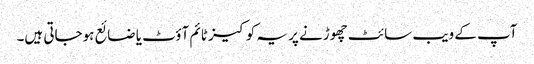
آپ کے ویب سائٹ چھوڑنے پر یہ کوکیز ٹائم آؤٹ یا ضائع ہوجاتی ہیں۔